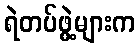
ရဲတပ်ဖွဲ့များက